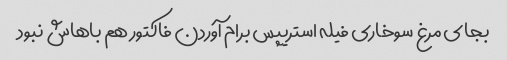
بجای مرغ سوخاری فیله استریپس برام آوردن فاکتور هم باهاش نبود